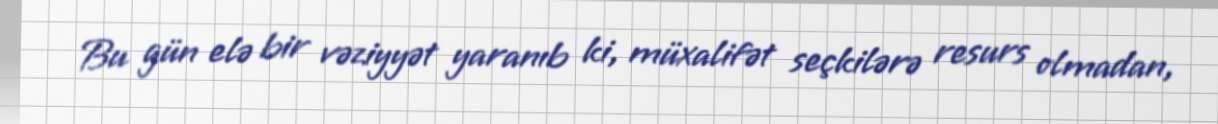
Bu gün elə bir vəziyyət yaranıb ki, müxalifət seçkilərə resurs olmadan,